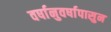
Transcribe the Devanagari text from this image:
वर्षानुवर्षापासुन